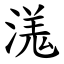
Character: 溬